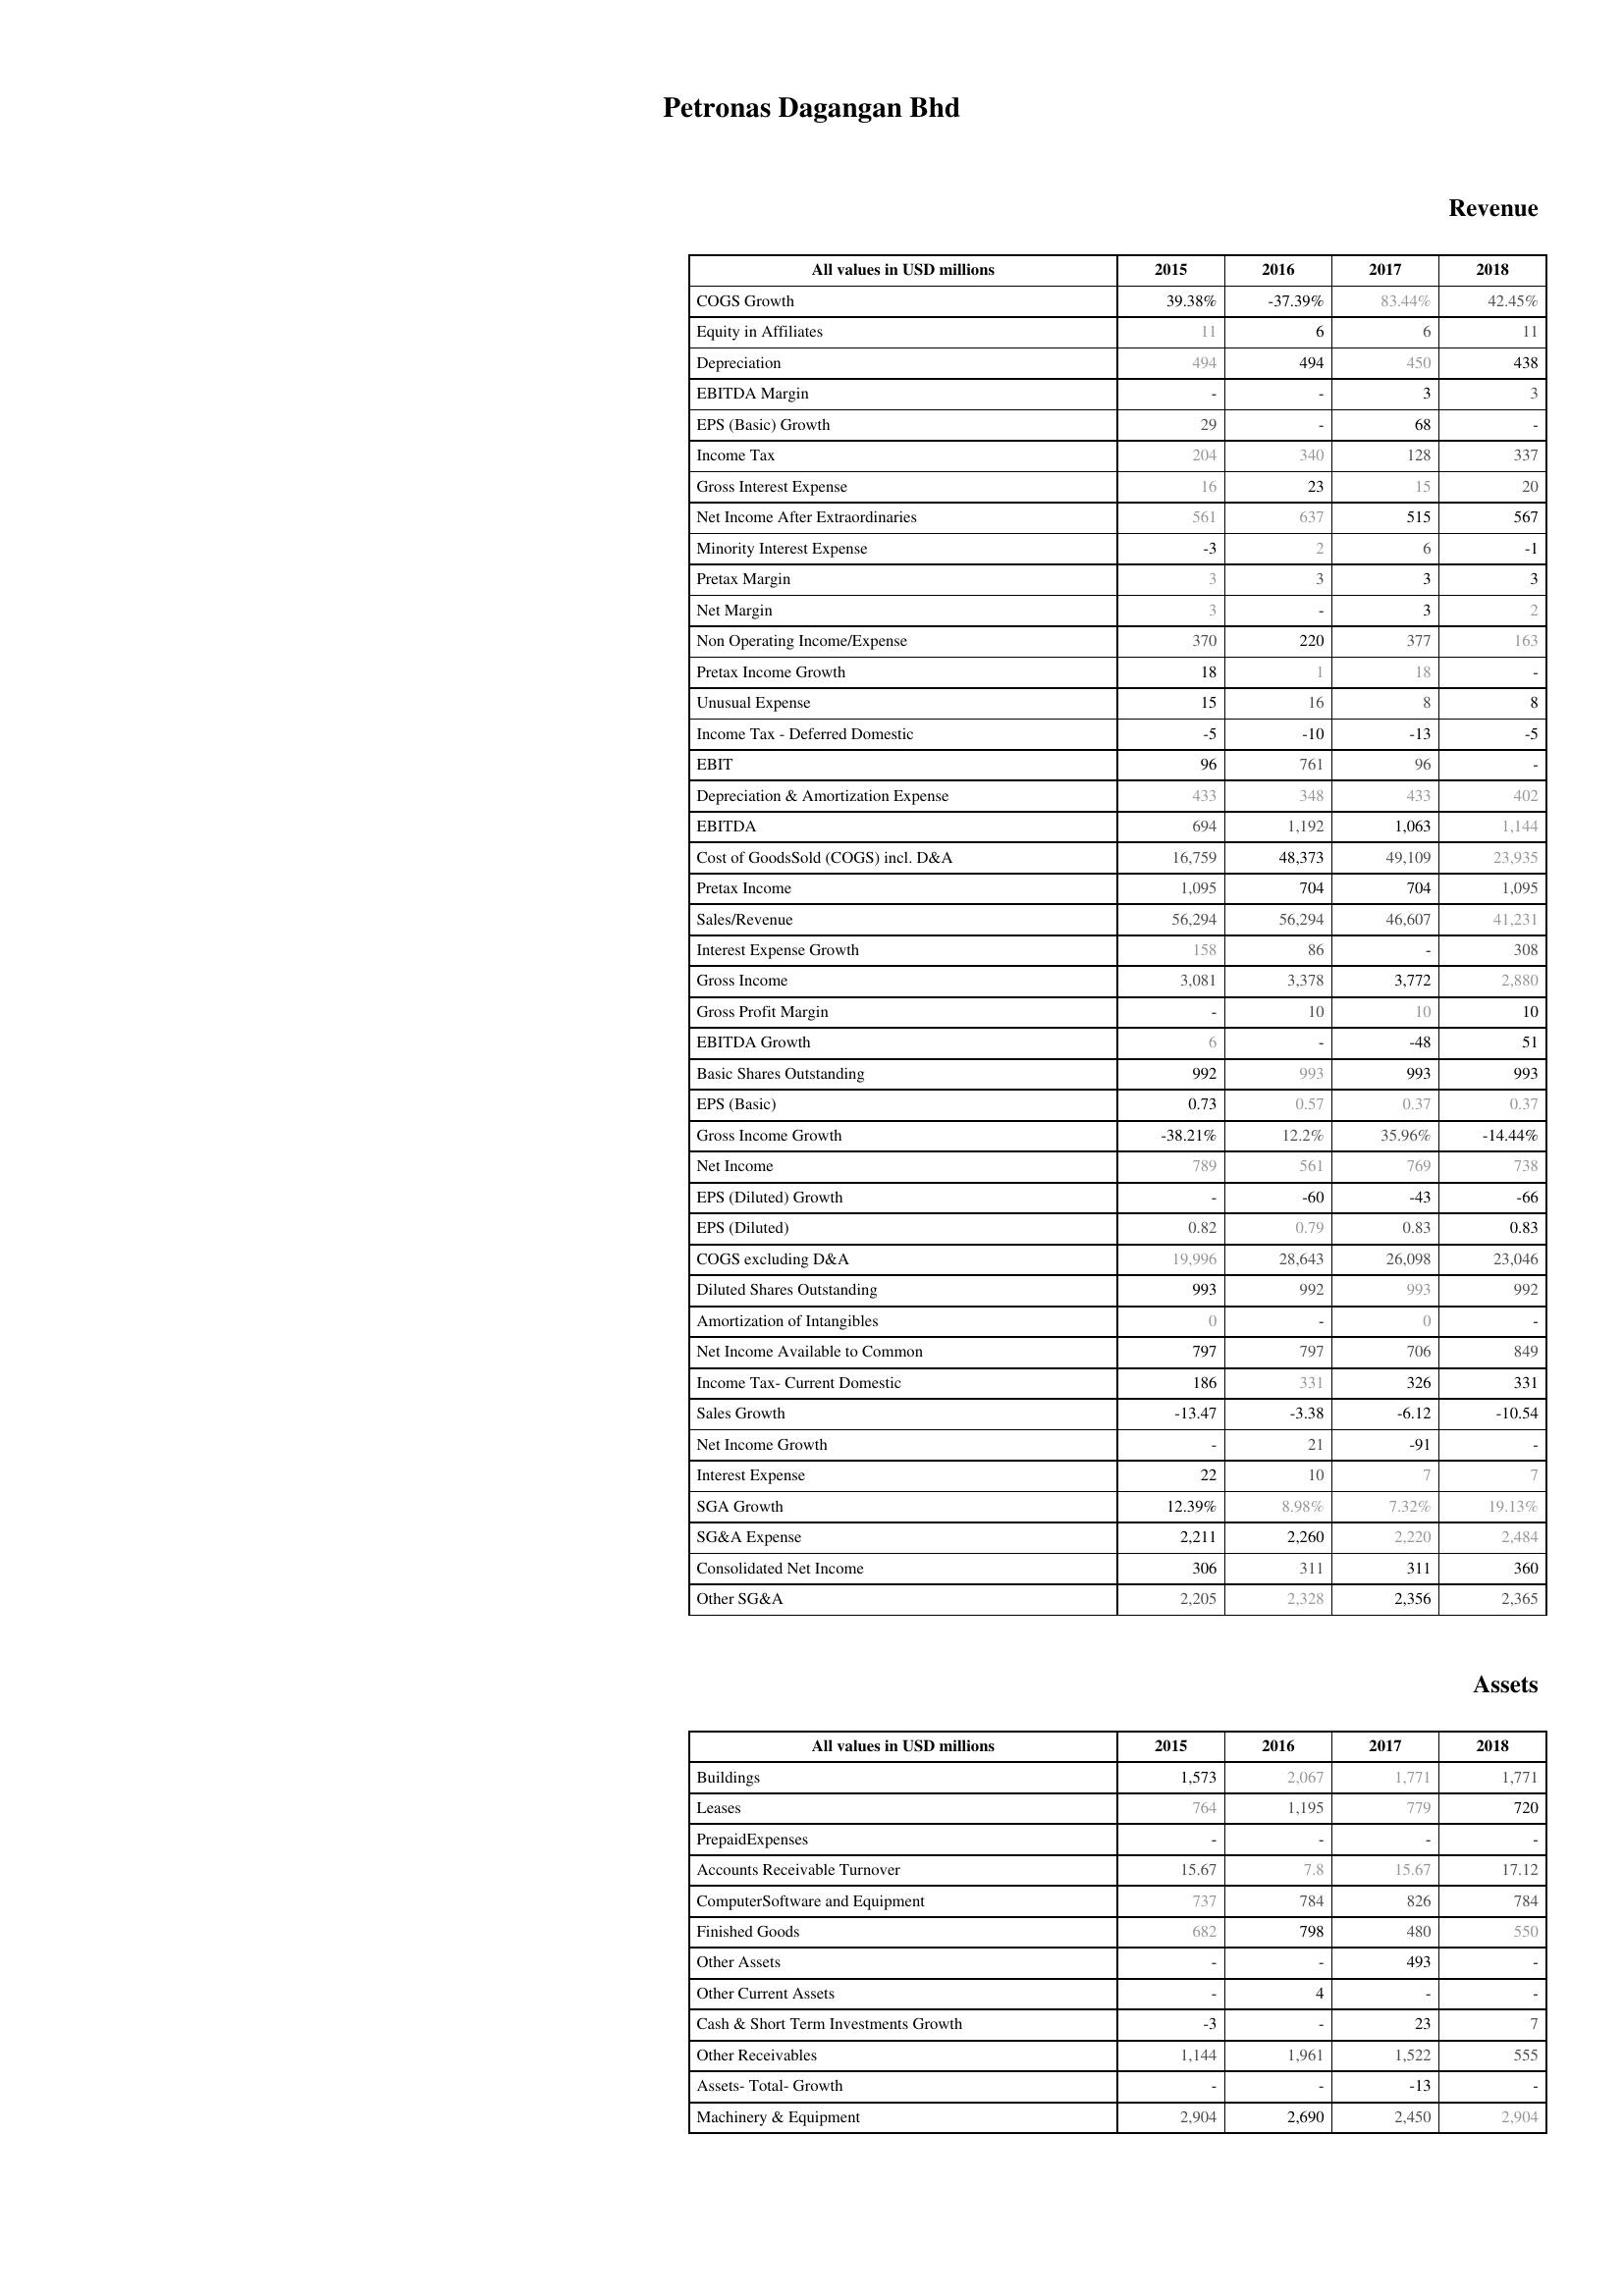
2015: Revenue: COGS Growth: 39.38%
Equity in Affiliates: 11
Depreciation: 494
EBITDA Margin: -
EPS (Basic) Growth: 29
Income Tax: 204
Gross Interest Expense: 16
Net Income After Extraordinaries: 561
Minority Interest Expense: -3
Pretax Margin: 3
Net Margin: 3
Non Operating Income/Expense: 370
Pretax Income Growth: 18
Unusual Expense: 15
Income Tax - Deferred Domestic: -5
EBIT: 96
Depreciation & Amortization Expense: 433
EBITDA: 694
Cost of GoodsSold (COGS) incl. D&A: 16,759
Pretax Income: 1,095
Sales/Revenue: 56,294
Interest Expense Growth: 158
Gross Income: 3,081
Gross Profit Margin: -
EBITDA Growth: 6
Basic Shares Outstanding: 992
EPS (Basic): 0.73
Gross Income Growth: -38.21%
Net Income: 789
EPS (Diluted) Growth: -
EPS (Diluted): 0.82
COGS excluding D&A: 19,996
Diluted Shares Outstanding: 993
Amortization of Intangibles: 0
Net Income Available to Common: 797
Income Tax- Current Domestic: 186
Sales Growth: -13.47
Net Income Growth: -
Interest Expense: 22
SGA Growth: 12.39%
SG&A Expense: 2,211
Consolidated Net Income: 306
Other SG&A: 2,205
Assets: Buildings: 1,573
Leases: 764
PrepaidExpenses: -
Accounts Receivable Turnover: 15.67
ComputerSoftware and Equipment: 737
Finished Goods: 682
Other Assets: -
Other Current Assets: -
Cash & Short Term Investments Growth: -3
Other Receivables: 1,144
Assets- Total- Growth: -
Machinery & Equipment: 2,904
2016: Revenue: COGS Growth: -37.39%
Equity in Affiliates: 6
Depreciation: 494
EBITDA Margin: -
EPS (Basic) Growth: -
Income Tax: 340
Gross Interest Expense: 23
Net Income After Extraordinaries: 637
Minority Interest Expense: 2
Pretax Margin: 3
Net Margin: -
Non Operating Income/Expense: 220
Pretax Income Growth: 1
Unusual Expense: 16
Income Tax - Deferred Domestic: -10
EBIT: 761
Depreciation & Amortization Expense: 348
EBITDA: 1,192
Cost of GoodsSold (COGS) incl. D&A: 48,373
Pretax Income: 704
Sales/Revenue: 56,294
Interest Expense Growth: 86
Gross Income: 3,378
Gross Profit Margin: 10
EBITDA Growth: -
Basic Shares Outstanding: 993
EPS (Basic): 0.57
Gross Income Growth: 12.2%
Net Income: 561
EPS (Diluted) Growth: -60
EPS (Diluted): 0.79
COGS excluding D&A: 28,643
Diluted Shares Outstanding: 992
Amortization of Intangibles: -
Net Income Available to Common: 797
Income Tax- Current Domestic: 331
Sales Growth: -3.38
Net Income Growth: 21
Interest Expense: 10
SGA Growth: 8.98%
SG&A Expense: 2,260
Consolidated Net Income: 311
Other SG&A: 2,328
Assets: Buildings: 2,067
Leases: 1,195
PrepaidExpenses: -
Accounts Receivable Turnover: 7.8
ComputerSoftware and Equipment: 784
Finished Goods: 798
Other Assets: -
Other Current Assets: 4
Cash & Short Term Investments Growth: -
Other Receivables: 1,961
Assets- Total- Growth: -
Machinery & Equipment: 2,690
2017: Revenue: COGS Growth: 83.44%
Equity in Affiliates: 6
Depreciation: 450
EBITDA Margin: 3
EPS (Basic) Growth: 68
Income Tax: 128
Gross Interest Expense: 15
Net Income After Extraordinaries: 515
Minority Interest Expense: 6
Pretax Margin: 3
Net Margin: 3
Non Operating Income/Expense: 377
Pretax Income Growth: 18
Unusual Expense: 8
Income Tax - Deferred Domestic: -13
EBIT: 96
Depreciation & Amortization Expense: 433
EBITDA: 1,063
Cost of GoodsSold (COGS) incl. D&A: 49,109
Pretax Income: 704
Sales/Revenue: 46,607
Interest Expense Growth: -
Gross Income: 3,772
Gross Profit Margin: 10
EBITDA Growth: -48
Basic Shares Outstanding: 993
EPS (Basic): 0.37
Gross Income Growth: 35.96%
Net Income: 769
EPS (Diluted) Growth: -43
EPS (Diluted): 0.83
COGS excluding D&A: 26,098
Diluted Shares Outstanding: 993
Amortization of Intangibles: 0
Net Income Available to Common: 706
Income Tax- Current Domestic: 326
Sales Growth: -6.12
Net Income Growth: -91
Interest Expense: 7
SGA Growth: 7.32%
SG&A Expense: 2,220
Consolidated Net Income: 311
Other SG&A: 2,356
Assets: Buildings: 1,771
Leases: 779
PrepaidExpenses: -
Accounts Receivable Turnover: 15.67
ComputerSoftware and Equipment: 826
Finished Goods: 480
Other Assets: 493
Other Current Assets: -
Cash & Short Term Investments Growth: 23
Other Receivables: 1,522
Assets- Total- Growth: -13
Machinery & Equipment: 2,450
2018: Revenue: COGS Growth: 42.45%
Equity in Affiliates: 11
Depreciation: 438
EBITDA Margin: 3
EPS (Basic) Growth: -
Income Tax: 337
Gross Interest Expense: 20
Net Income After Extraordinaries: 567
Minority Interest Expense: -1
Pretax Margin: 3
Net Margin: 2
Non Operating Income/Expense: 163
Pretax Income Growth: -
Unusual Expense: 8
Income Tax - Deferred Domestic: -5
EBIT: -
Depreciation & Amortization Expense: 402
EBITDA: 1,144
Cost of GoodsSold (COGS) incl. D&A: 23,935
Pretax Income: 1,095
Sales/Revenue: 41,231
Interest Expense Growth: 308
Gross Income: 2,880
Gross Profit Margin: 10
EBITDA Growth: 51
Basic Shares Outstanding: 993
EPS (Basic): 0.37
Gross Income Growth: -14.44%
Net Income: 738
EPS (Diluted) Growth: -66
EPS (Diluted): 0.83
COGS excluding D&A: 23,046
Diluted Shares Outstanding: 992
Amortization of Intangibles: -
Net Income Available to Common: 849
Income Tax- Current Domestic: 331
Sales Growth: -10.54
Net Income Growth: -
Interest Expense: 7
SGA Growth: 19.13%
SG&A Expense: 2,484
Consolidated Net Income: 360
Other SG&A: 2,365
Assets: Buildings: 1,771
Leases: 720
PrepaidExpenses: -
Accounts Receivable Turnover: 17.12
ComputerSoftware and Equipment: 784
Finished Goods: 550
Other Assets: -
Other Current Assets: -
Cash & Short Term Investments Growth: 7
Other Receivables: 555
Assets- Total- Growth: -
Machinery & Equipment: 2,904